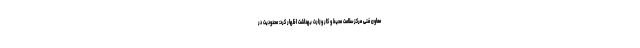
معاون فنی مرکز سلامت محیط و کار وزارت بهداشت اظهار کرد: محدودیت در